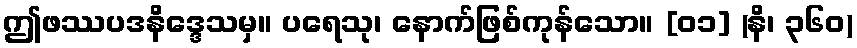
ဤဖဿပဒနိဒ္ဒေသမှ။ ပရေသု၊ နောက်ဖြစ်ကုန်သော။ [၀၁] (နိ၊ ၃၆၀)